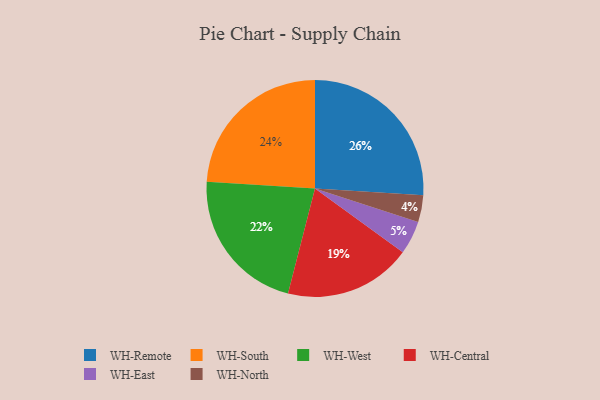
{"axis": {"x": "Category", "y": "Percentage"}, "legend": ["WH-Central", "WH-East", "WH-North", "WH-Remote", "WH-South", "WH-West"], "data": [{"x": "WH-South", "y": 24, "type": "WH-South"}, {"x": "WH-West", "y": 22, "type": "WH-West"}, {"x": "WH-East", "y": 5, "type": "WH-East"}, {"x": "WH-Remote", "y": 26, "type": "WH-Remote"}, {"x": "WH-North", "y": 4, "type": "WH-North"}, {"x": "WH-Central", "y": 19, "type": "WH-Central"}]}